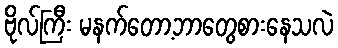
ဗိုလ်ကြီး မနက်တော့ဘာတွေစားနေသလဲ